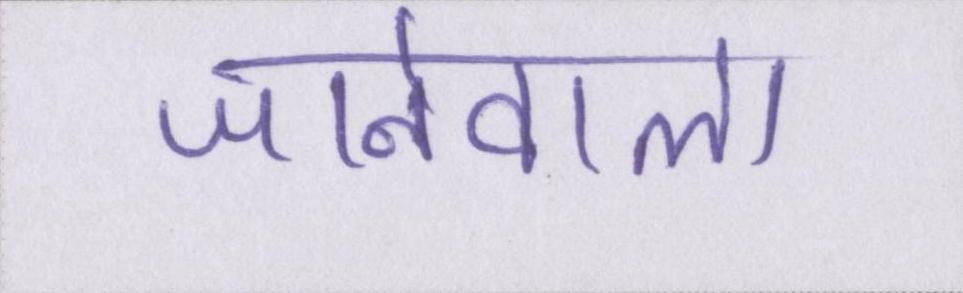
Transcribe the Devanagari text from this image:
जानेवाला